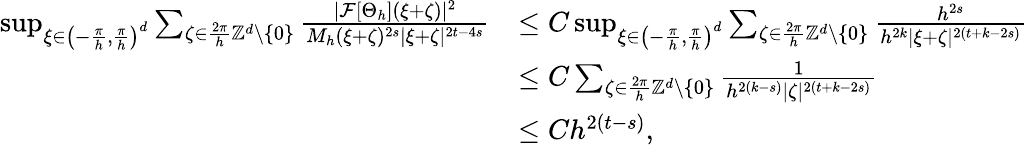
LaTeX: \begin{array}{rl}{\operatorname*{sup}_{\xi\in\left(-\frac{\pi}{h},\frac{\pi}{h}\right)^{d}}\sum_{\zeta\in\frac{2\pi}{h}\mathbb{Z}^{d}\setminus\{ 0\} }\frac{|\mathcal{F}[\Theta_{h}](\xi+\zeta)|^{2}}{M_{h}(\xi+\zeta)^{2s}|\xi+\zeta|^{2t-4s}}}&{\le C\operatorname*{sup}_{\xi\in\left(-\frac{\pi}{h},\frac{\pi}{h}\right)^{d}}\sum_{\zeta\in\frac{2\pi}{h}\mathbb{Z}^{d}\setminus\{ 0\} }\frac{h^{2s}}{h^{2k}|\xi+\zeta|^{2(t+k-2s)}}}\\ &{\le C\sum_{\zeta\in\frac{2\pi}{h}\mathbb{Z}^{d}\setminus\{ 0\} }\frac{1}{h^{2(k-s)}|\zeta|^{2(t+k-2s)}}}\\ &{\le Ch^{2(t-s)},}\end{array}